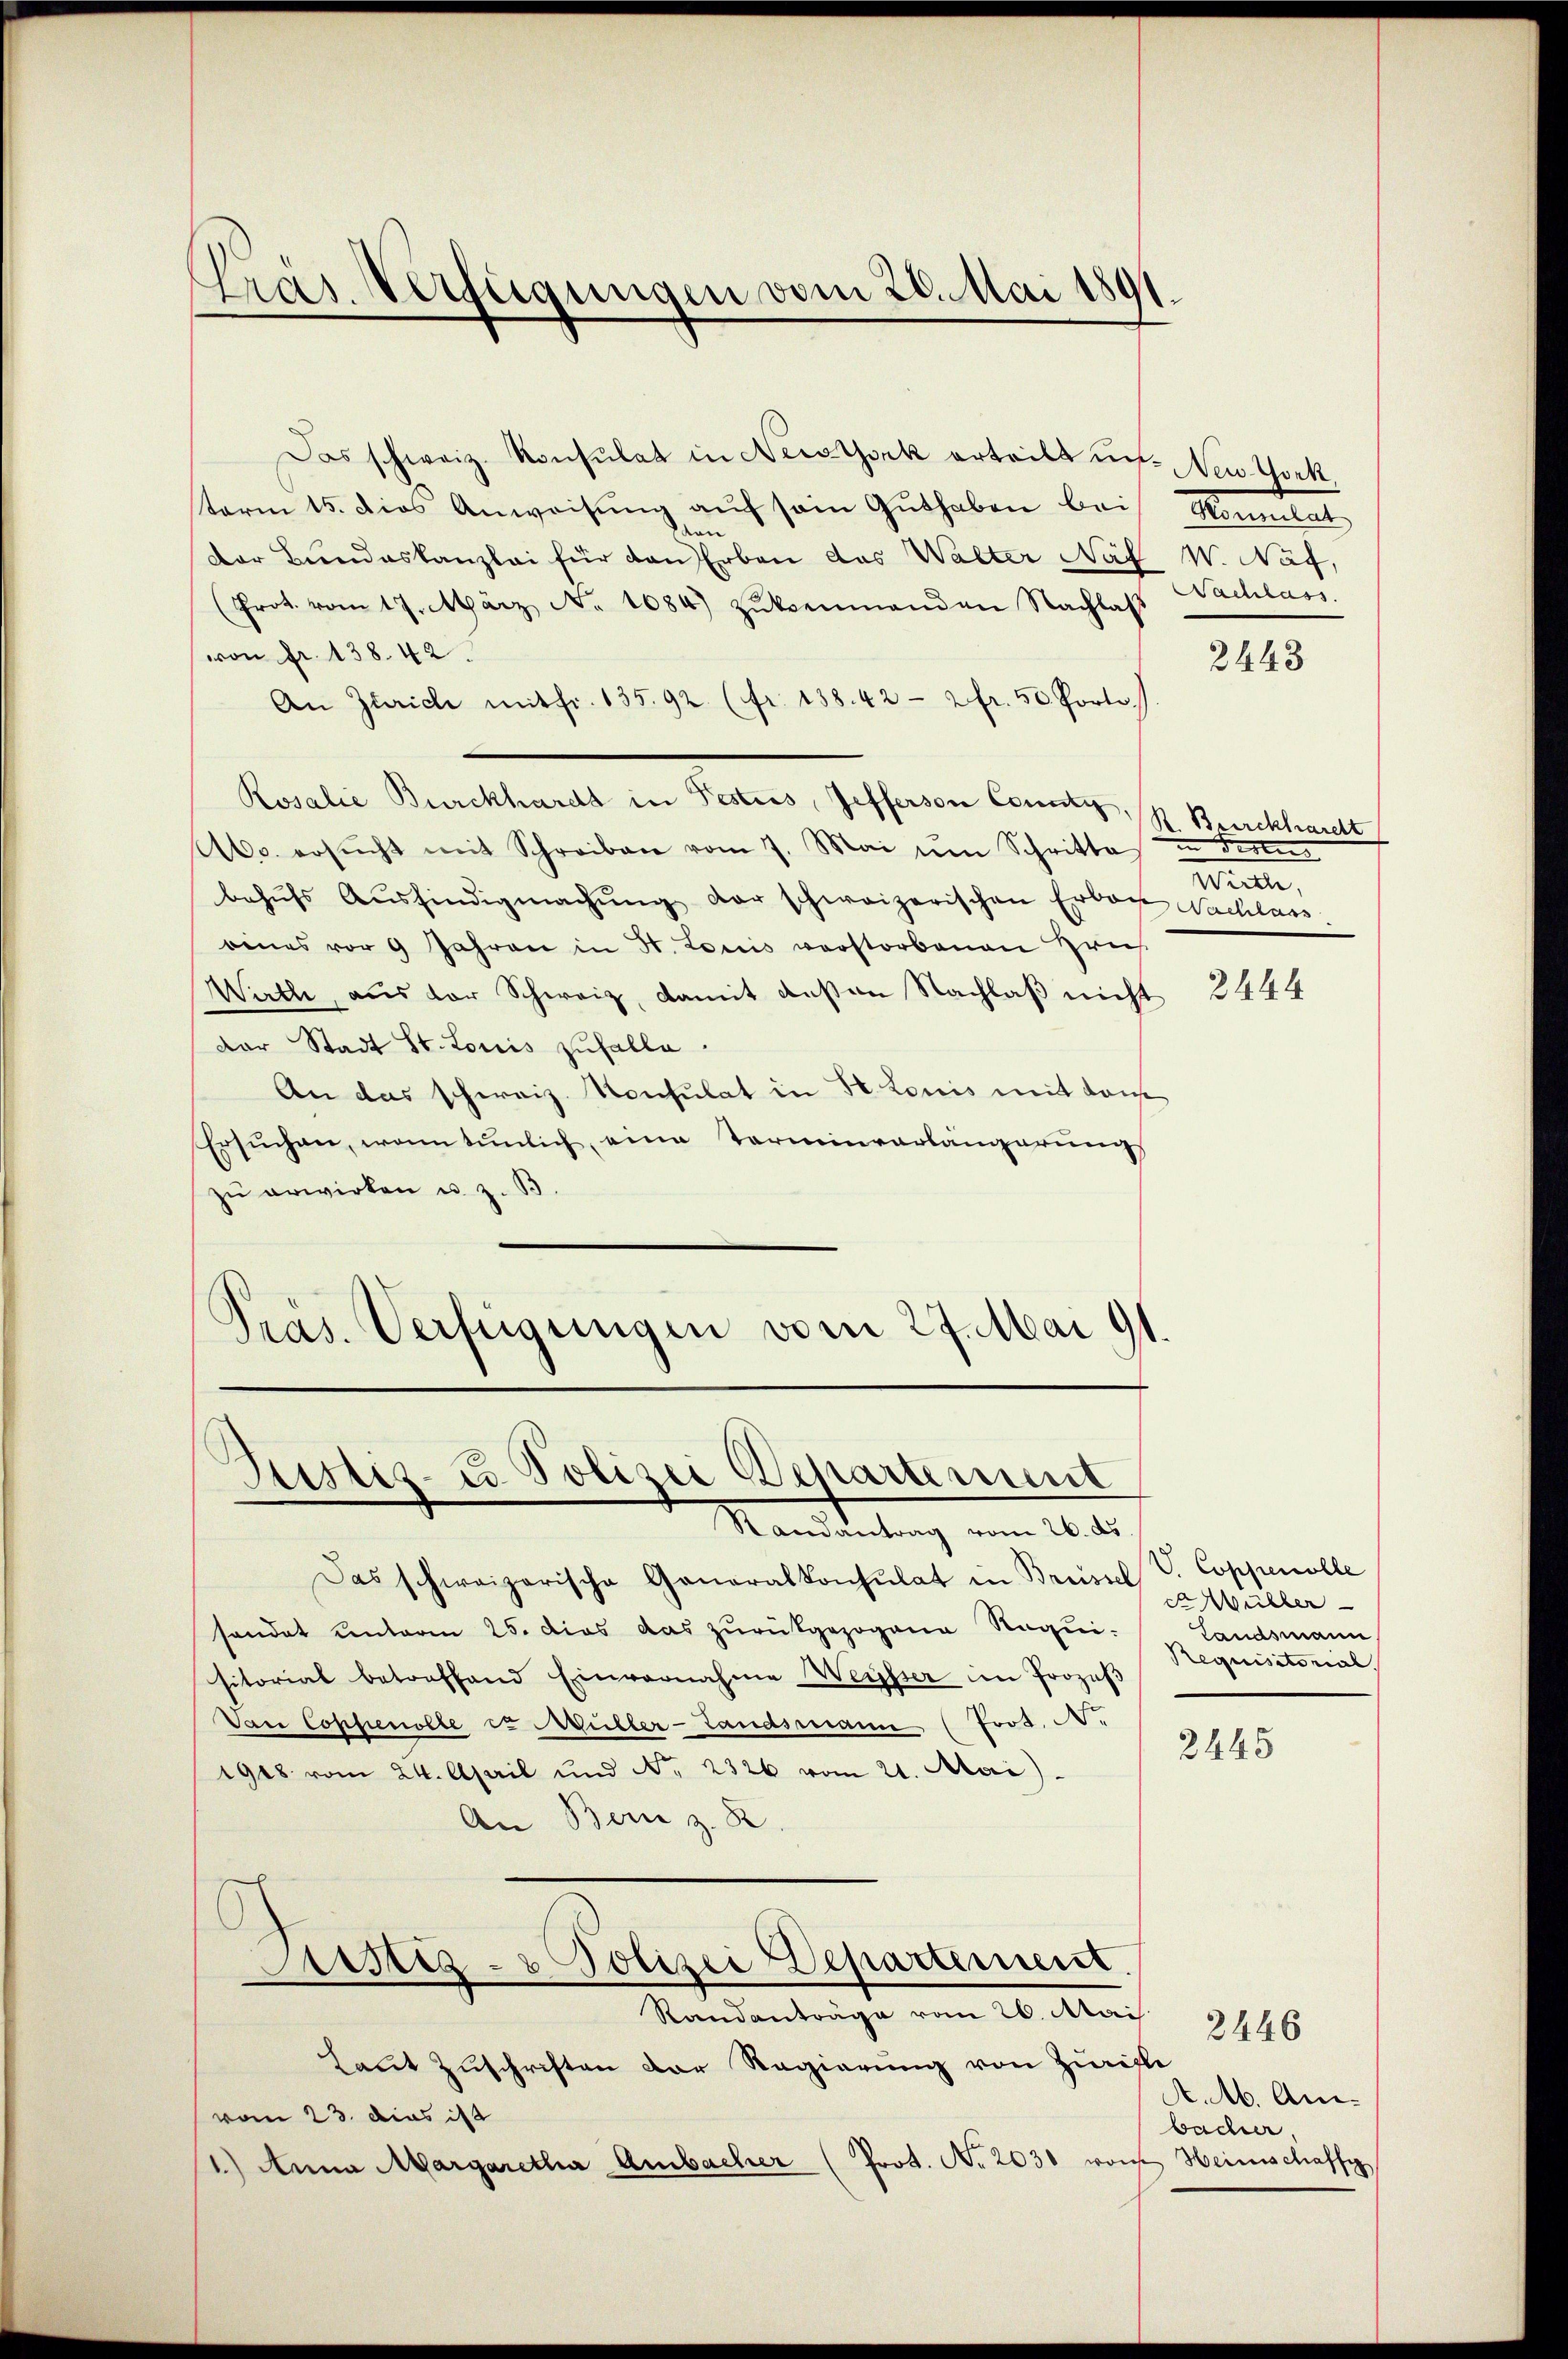
Pras Verfügungen vom 28. Mai 1891

Das schweiz. Konsulat in Nestock erteilt u. NNew York,
term 15. dies Anweisung auf sein Guthaben bei
n
Der Bundeskanzlei für den Erben das Walter Näf W. Näf,
(Prot. vom 17. März No. 1684 Zŭkenmanden Nachlaβ
von fr. 138. 42
An Zürich mit fr. 135. 92. (fr. 138. 42 - 2 fr. 50. Porto
A60. ersŭcht mit Schreiben vom 7. Mai um Schritte in Fests
behŭfs Aŭsfindigmachŭng der schweizerischen Erbach Nachlass
eines vor 9 Jahren in St. Louis verstorbenen Brief
Wirth, aus der Schweiz, damit deßen Nachlaβ nicht
Dar Stadt St. Louis zufalle.
An das schweiz. Konsulat in St. Louis mit das
Ersŭchen, wenn tŭnlich, eine Terminverlängerung
zŭ erwirken u. z. B
Präs. Verfügungen vom 27. Mai 191

Rosalie Burckhardt in Pestres, Jefferson Const R. Burckhardt

Justiz- u Polizei Departement
Randantrag vom 26. ds.

Das schweizerische Generalkonsulat in Brüssel
sendet unterm 25. dies das zurückgezogene Requisitorial betreffend Einvernahme Weisser im Prozeβ
Van Copfenolle et Müller-Landsmann (Prot. N.
1918. vom 24. April und No. 2326 vom 21. Mai
An Bern z. R.

Justiz- & Polizei Departement.
Randanträge vom 26. Mai

Laut Zuschriften der Regierung von Zürich
vom 23. das ist
1.) Anna Margaretha Ambacher (Prot. Nr. 2031 von Heimschaffe

Maital,
Nachlass.

Wirthe,

S. Coppenolle
d Müller
Landsmann
Requisitorial

2445

A.M. Amibacher,

2443

2444

2446